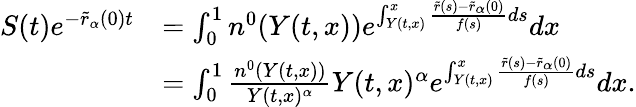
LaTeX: \begin{array}{rl}{S(t)e^{-\tilde{r}_{\alpha}(0)t}}&{=\int_{0}^{1}{n^{0}(Y(t,x))e^{\int_{Y(t,x)}^{x}{\frac{\tilde{r}(s)-\tilde{r}_{\alpha}(0)}{f(s)}ds}}dx}}\\ &{=\int_{0}^{1}{\frac{n^{0}(Y(t,x))}{Y(t,x)^{\alpha}}Y(t,x)^{\alpha}e^{\int_{Y(t,x)}^{x}{\frac{\tilde{r}(s)-\tilde{r}_{\alpha}(0)}{f(s)}ds}}dx}.}\end{array}